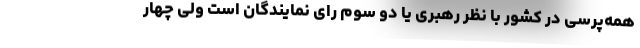
همه‌پرسی در کشور با نظر رهبری یا دو سوم رای نمایندگان است ولی چهار